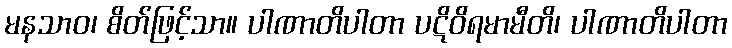
မနသာဝ၊ စိတ်ဖြင့်သာ။ ပါဏာတိပါတာ ပဋိဝိရမာမီတိ၊ ပါဏာတိပါတာ